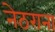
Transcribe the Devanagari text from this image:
नेठराना